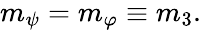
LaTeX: \begin{array}{r}{m_{\psi}=m_{\varphi}\equiv m_{3}.}\end{array}